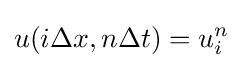
u(i\Delta x,n\Delta t)=u_{i}^{n}